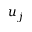
u _ { j }